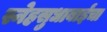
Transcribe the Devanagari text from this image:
स्नेहसुधाबाईंचा